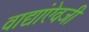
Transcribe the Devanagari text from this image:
वाद्यांऐवजी